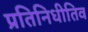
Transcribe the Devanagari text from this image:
प्रतिनिधीतिव